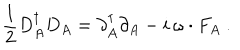
\frac 1 2 D _ { A } ^ { \dagger } D _ { A } = \partial _ { A } ^ { \dagger } \partial _ { A } - i \, \omega \cdot F _ { A } \ .